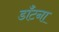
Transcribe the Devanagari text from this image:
डाँटना